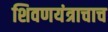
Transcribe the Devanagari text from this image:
शिवणयंत्राचाच